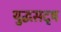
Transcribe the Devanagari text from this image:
युद्धसदृष